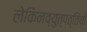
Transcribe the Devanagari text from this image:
लेकिनव्युत्पत्तियों